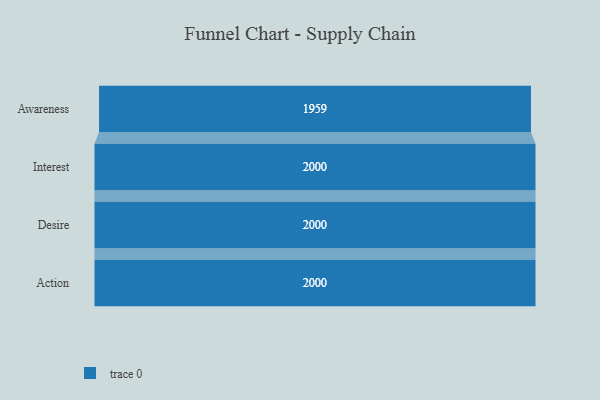
{"axis": {"x": "Stage", "y": "Value"}, "legend": [""], "data": [{"x": "Awareness", "y": 1959.0, "type": ""}, {"x": "Interest", "y": 2000, "type": ""}, {"x": "Desire", "y": 2000, "type": ""}, {"x": "Action", "y": 2000, "type": ""}]}